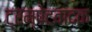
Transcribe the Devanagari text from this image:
ट्रम्पेटवादक